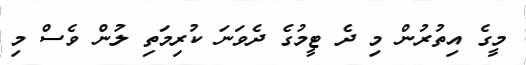
މީގެ އިތުރުން މި ދެ ޓީމުގެ ދެވަނަ ކުރިމަތި ލުން ވެސް މި